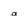
Character: a